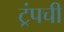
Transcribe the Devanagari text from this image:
ट्रंपची